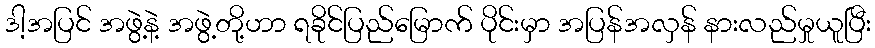
ဒါ့အပြင် အဖွဲ့နဲ့ အဖွဲ့တို့ဟာ ရခိုင်ပြည်မြောက် ပိုင်းမှာ အပြန်အလှန် နားလည်မှုယူပြီး